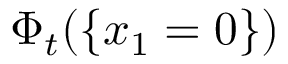
\Phi _ { t } ( \{ x _ { 1 } = 0 \} )